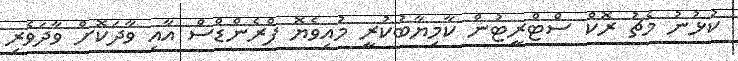
ކުޅުނު މެޗު ރޮކް ސްޓްރީޓުން ކާމިޔާބުކުރީ މުއިވެޔޮ ފްރެންޑްސް އާއި ވާދަކޮށް ވާދަވެރި